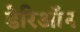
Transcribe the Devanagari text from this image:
डेरिऑन